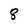
Character: 8